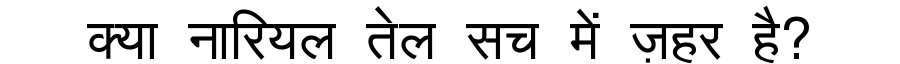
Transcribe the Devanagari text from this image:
क्या नारियल तेल सच में ज़हर है?